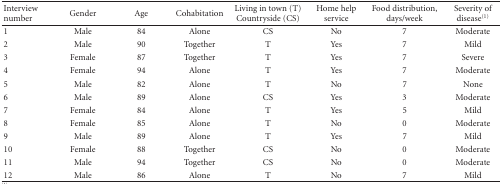
| Interview number | Gender | Age | Cohabitation | Living in town (T)Countryside (CS) | Home help service | Food distribution, days/week | Severity of disease(1) |
 | --- | --- | --- | --- | --- | --- | --- | --- |
 | 1 | Male | 84 | Alone | CS | No | 7 | Moderate |
 | 2 | Male | 90 | Together | T | Yes | 7 | Mild |
 | 3 | Female | 87 | Together | T | Yes | 7 | Severe |
 | 4 | Female | 94 | Alone | T | Yes | 7 | Moderate |
 | 5 | Male | 82 | Alone | T | No | 7 | None |
 | 6 | Male | 89 | Alone | CS | Yes | 3 | Moderate |
 | 7 | Female | 84 | Alone | T | Yes | 5 | Mild |
 | 8 | Female | 85 | Alone | T | No | 0 | Moderate |
 | 9 | Male | 89 | Alone | T | Yes | 7 | Mild |
 | 10 | Female | 88 | Together | CS | No | 0 | Moderate |
 | 11 | Male | 94 | Together | CS | No | 0 | Moderate |
 | 12 | Male | 86 | Alone | T | No | 7 | Mild |